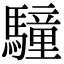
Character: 䮵